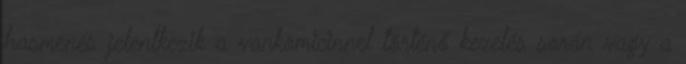
hasmenés jelentkezik a vankomicinnel történő kezelés során vagy a